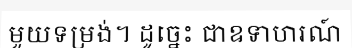
មួយទម្រង់។ ដូច្នេះ ជាឧទាហរណ៍